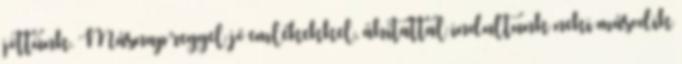
jöttünk. Másnap reggel jó emlékekkel, áhítattal indultunk neki második